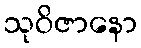
သုဝိဇာနော